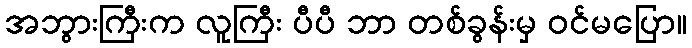
အဘွားကြီးက လူကြီး ပီပီ ဘာ တစ်ခွန်းမှ ဝင်မပြော။